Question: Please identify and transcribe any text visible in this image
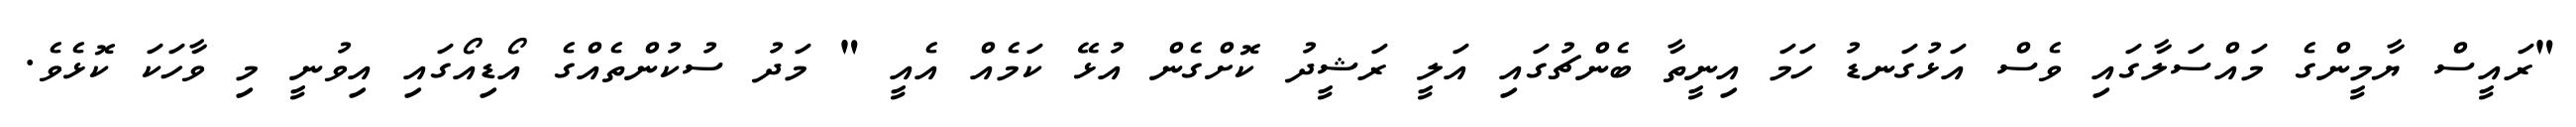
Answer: "ރައީސް ޔާމީންގެ މައްސަލާގައި ވެސް އަޅުގަނޑު ހަމަ އިނީތާ ބެންޗުގައި އަލީ ރަޝީދު ކޮށްގެން އުޅޭ ކަމެއް އެއީ " މަދު ސުކުންތެއްގެ އޯޑިއޯގައި އިވުނީ މި ވާހަކަ ކޮޅެވެ.